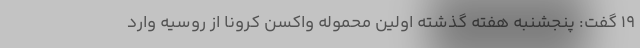
۱۹ گفت: پنجشنبه هفته گذشته اولین محموله واکسن کرونا از روسیه وارد